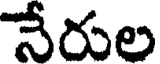
నేరుల